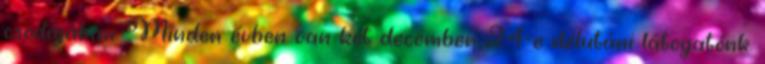
csodájában. Minden évben van két december 24-e délutáni látogatónk.